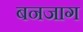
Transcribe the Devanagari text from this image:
बनजाग